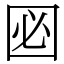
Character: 㘠